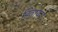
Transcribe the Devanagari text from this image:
डिजायरा